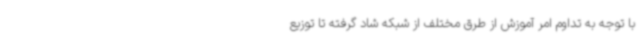
با توجه به تداوم امر آموزش از طرق مختلف از شبکه شاد گرفته تا توزیع